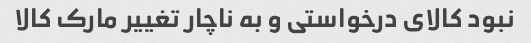
نبود کالای درخواستی و به ناچار تغییر مارک کالا